Vaccination in the Punjab 1919-1929 - 1919-1929
Year: 1919
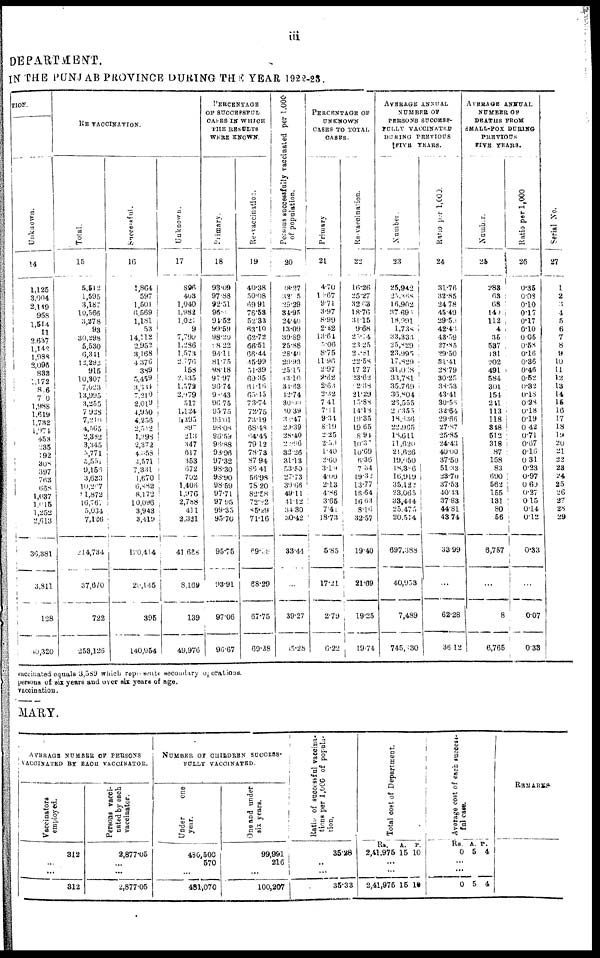
iii
DEPARTMENT.
IN THE PUNJAB PROVINCE DURING THE YEAR 1922-25.
TION
Unknown.
14
1,125
3,004
2,119
958
1,514
11
2,637
1,142
1,988
2 096
833
1,172
826
700
1,988
1,619
1,732
1,974
453
235
192
308
397
763
668
1,037
1,615
1,252
2,613
36,381
3,811
128
40,320
RE-VACCINATION.
Total.
15
5,512
1,595
3,187
10,566
3,278
93
30,298
5,530
6,341
12,292
915
10,307
7,023
13,995
3,255
7,928
7,210
4,565
2,382
3,345
5,771
5,551
9,l53
3,633
10,297
11,872
16,767
5,034
7,126
214,734
37,670
722
253,126
Successful.
16
1,864
597
1,501
6,569
1,181
53
14,112
2,952
3,168
4,376
389
5,459
3,334
7,210
2,019
4,950
4,256
2,512
1,398
2,372
4,058
4,571
7,331
1,670
6,882
8,172
10,096
3,943
3,419
120,414
20,145
395
140,954
Unknown.
17
896
403
1,040
1,982
1,021
9
7,799
1,286
1,573
2,776
158
2,435
1,573
2,979
517
1,124
1,395
897
213
347
617
353
672
702
1,406
1,976
2,788
411
2,321
41,688
8,169
139
49,976
PERCENTAGE
OF SUCCESSFUL
CASESE IN WHICH
THE RESULTS
WERE KNOWN.
Primary.
18
93.09
97.88
92.51
96.6
94.52
99.59
98.20
98.22
98.11
81.75
98.18
97.97
96.74
96.43
96.75
95.75
96.01
98.08
96.59
96.88
98.96
97.32
98.30
98.90
98.59
97.71
97.95
99.35
95.70
95.75
93.91
97.06
96.67
Re-vaccination.
19
40.38
50.08
69.91
76.53
52.33
63.10
62.72
66.51
66.44
45.99
54.39
69.35
61.16
65.45
73.74
72.75
73.19
68.48
64. 45
79.12
78.73
87.94
86.41
56.98
78.20
82.58
72.22
85.29
71.16
69.88
88.29
67.75
69.38
Persous successfully vaccinated per 1,000
of population.
20
88.27
32.05
29.29
34.95
24.40
13.09
39.89
25.88
28.40
29.93
25.15
43.10
34.63
42.74
30.00
40.39
36.47
29.39
28.40
20.96
32.26
31.13
53.50
27.73
39.68
49.11
41.12
34 30
30.42
33.44
...
39.27
35.28
PERCENTAGE OF
UNKNOWN
CASES TO TOTAL
CASES.
Primary
21
4.70
10.67
9.71
3.97
8.99
2.32
13.64
5.06
8.75
11.96
2.97
2.62
2.63
2.32
7.41
7.11
9.34
8.19
2.25
2. 50
1.40
2.60
3.19
4.00
2.13
4.86
3.65
7.41
13.73
5.85
17.21
2.79
6.22
Re-vaccination.
22
16.26
25.27
32.63
18.76
31.15
9.68
25.14
23.25
21.81
22.58
17.27
23.62
2.38
21.29
15.88
14.18
19.35
19.65
8.94
10.37
10.69
6.36
7.34
19.32
13.77
16.64
16.63
8.16
32.57
19.40
21.69
19.25
19.74
AVERAGE ANNUAL
NUMBER OF
PERSONS SUCCESS-
FULLY VACCINATION
DURING PREVIOUS
FIVE YEARS.
Number.
23
28,942
25,368
16,902
37,695
18,991
1,738
33,336
25,829
23.995
17,829
31,068
33,781
35,769
36,804
26,555
25,355
18,636
22,965
18,611
11,620
21,626
19,050
18,306
16,919
35,122
23,065
33,444
25,475
20,514
697,388
40,953
7,489
745,830
Ratio per 1,000.
24
31.76
32.85
24.78
45.49
29.59
42.46
43.59
27.85
29.50
31.41
28.79
30.25
38.53
43.41
30.56
32.64
29.66
27.87
25.85
24.43
40.00
37.50
51.33
23.70
37.53
40.43
37.83
44.81
43.74
33.99
...
62.28
36.12
AVERAGE ANNUAL
NUMBER OF
DEATHS FROM
SMALL-POX DURING
PREVIOUS
FIVE YEARS.
Namber.
25
288
63
68
140
112
4
35
537
131
202
491
584
301
154
241
113
118
348
512
318
87
158
83
690
562
155
131
80
56
6,757
...
8
6,765
Ratio per 1,000
26
0.35
0.08
0.10
0.17
0.17
0.10
0.05
0.58
0.16
0.36
0.46
0.52
0.32
0.18
0.28
0.18
0.19
0.42
0.71
0.67
0.16
0.31
0.23
0.97
0.60
0.27
0.15
0.14
0.12
0.33
...
0.07
0.33
Serial No.
27
1
2
3
4
5
6
7
8
9
10
11
12
13
14
16
16
17
18
19
20
21
22
23
24
25
26
27
28
29
vaccinated equals 3,589 which represents secondary operations.
persons of six years and over six years of age,
vaccination.
MARY.
AVERAGE NUMBER OF PERSONS
VACCINATED BY EACH VACCINATOR.
Vaccinators
employed.
312
...
...
312
Persons vacci-
nated by each
vaccinator.
2,877.05
...
...
2,877.05
NUMBER OF CHILDREN SUCCESS-
FULLY VACCINATED.
Under
one
year.
480,500
570
...
481,070
One and under
six years.
99,961
216
...
100,207
Ratio of successful vaccina-
tions per 1,000 of popula-
tion.
35.28
..
...
35.33
Total cost of Department.
Rs.
2,41,975
...
...
2,41,975
A.
15
15
P.
10
10
Average cost of each success-
ful case.
Rs.
0
...
...
0
A.
5
5
P.
4
4
REMARKS